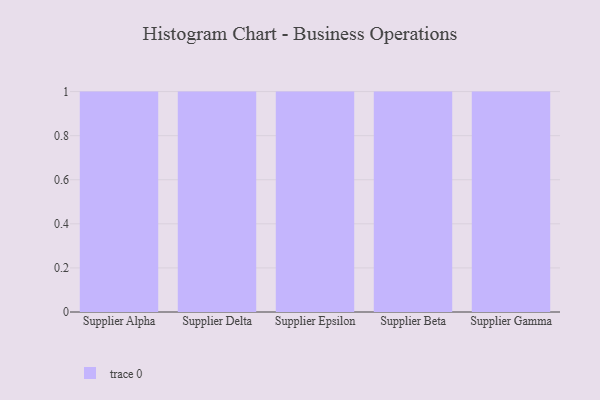
{"axis": {"x": "Supplier", "y": "Operating Costs (USD K)"}, "legend": [""], "data": [{"x": "Supplier Alpha", "y": 80, "type": ""}, {"x": "Supplier Delta", "y": 37, "type": ""}, {"x": "Supplier Epsilon", "y": 8, "type": ""}, {"x": "Supplier Beta", "y": 84, "type": ""}, {"x": "Supplier Gamma", "y": 94, "type": ""}]}